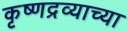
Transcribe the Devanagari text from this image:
कृष्णद्रव्याच्या